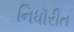
નિધૉરીત